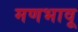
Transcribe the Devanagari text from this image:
मणभावू